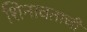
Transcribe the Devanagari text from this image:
शिनावताची